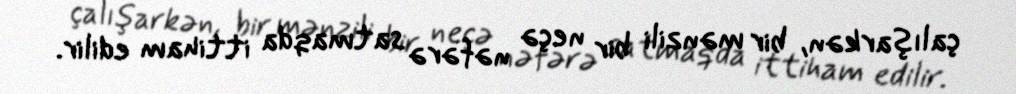
çalışarkən, bir mənzili bir neçə nəfərə satmaqda ittiham edilir.